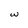
Character: w